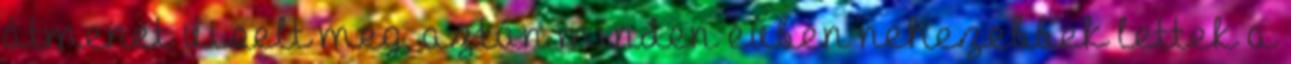
átmenet viselt meg, aztán minden évben nehezebbek lettek a